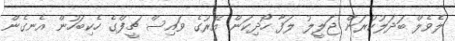
ލެވެލް ބަދަލުކުރަން ޖަލީލު ލަފާ ހޯދިކަން އޭރުގެ ވައިސް ޗީފްގެ ހެކިބަހުން އެނގެން